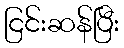
ငြင်းဆန်ပြီး